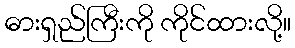
ဓားရှည်ကြီးကို ကိုင်ထားလို့။